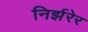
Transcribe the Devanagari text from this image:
निर्झरेर